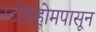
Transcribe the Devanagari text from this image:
स्टॉकहोमपासून